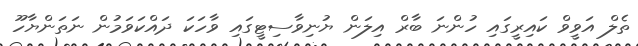
ތެލް އަވީވް ކައިރީގައި ހުންނަ ބާރް އިލަން ޔުނިވާސިޓީގައި ވާހަކަ ދައްކަވަމުން ނަތަންޔާހޫ